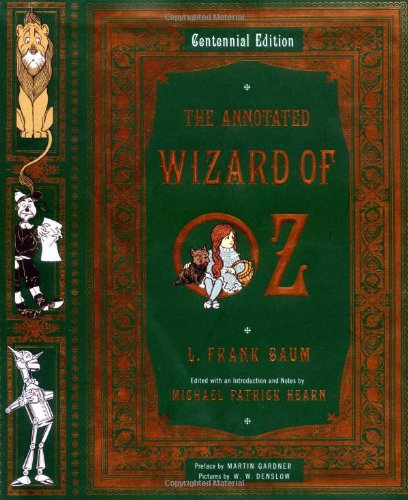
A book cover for The Annotated Wizard of Oz  (Centennial Edition); L. Frank Baum; Literature & Fiction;